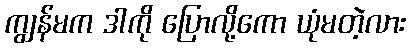
ကျွန်မက ဒါကို ပြောလို့ကော ယုံမတဲ့လား